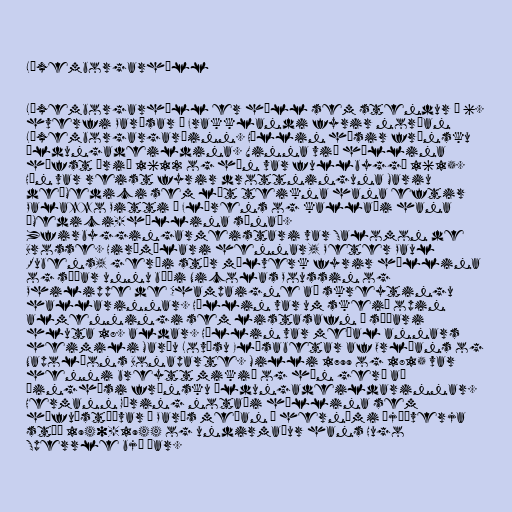
Lúxemborgarhöll

Lúxemborgarhöll er höll sem stendur í 6.
hverfi Parísar í Frakklandi fyrir norðan
Lúxemborgargarðinn. Höllin hýsir frönsku
öldungadeildina. Vinna við höllina
hófst árið 1612 og hún var fullbyggð 1615.
Hún var reist fyrir drottninguna Mariu
de'Medici sem lét teikna hana eftir
Palazzo Pitti í Flórens og kallaði hana
„Medici-höllina sína“.
Yfirbyggingarmeistari var Salomon de
Brosse. Hirðmálari hennar, Peter Paul
Rubens, gerði stór málverk fyrir höllina
og síðar unnu bæði Nicolas Poussin og
Philippe de Champaigne að skreytingu
hallarinnar. Höllin var um skeið opin
almenningi sem listasafn á síðari
hluta 18. aldar. Höllin var meðal annars
heimili Maríu Lovísu Elísabetar af Orléans og
Napoléons Bonaparte. Milli 1799 og 1815 var
henni breytt mikið og hún gerð að
þinghúsi frönsku öldungadeildarinnar.
Hermann Göring notaði höllina sem
höfuðstöðvar í París meðan á hernámi Þjóðverja
stóð 1940-1944 og undirmaður hans Hugo
Sperrle bjó þar.